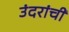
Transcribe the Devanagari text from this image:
उंदरांची